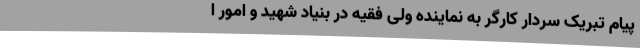
پیام تبریک سردار کارگر به نماینده ولی فقیه در بنیاد شهید و امور ا